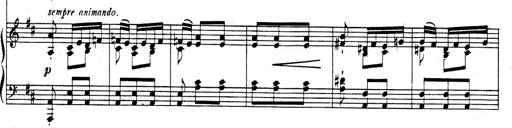
Title: Rhapsodie espagnole
Composer: Franz Liszt